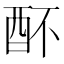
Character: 𨟷